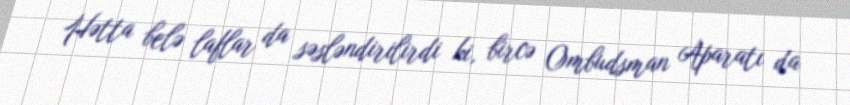
Hətta belə laflar da səsləndirilirdi ki, bircə Ombudsman Aparatı da